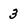
Character: 3